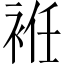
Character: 袵